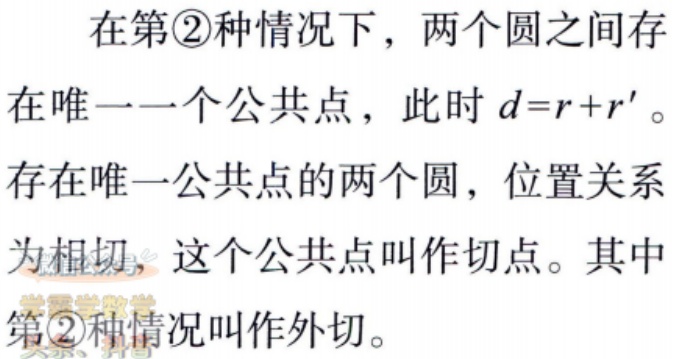
在第\textcircled{2}种情况下，两个圆之间存在唯一一个公共点，此时 \(d = r + r'\)。
存在唯一公共点的两个圆，位置关系为相切，这个公共点叫作切点。其中
第\textcircled{2}种情况叫作外切。